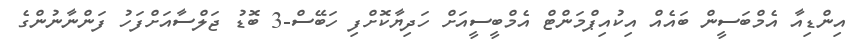
އިންޑިއާ އެމްބަސީން ބައެއް އިކުއިޕްމަންޓް އެމްބީސީއަށް ހަދިޔާކޮށްފި ހަބޭސް-3 ބޮޑު ޖަލްސާއަށްފަހު ފަންނާނުންގެ